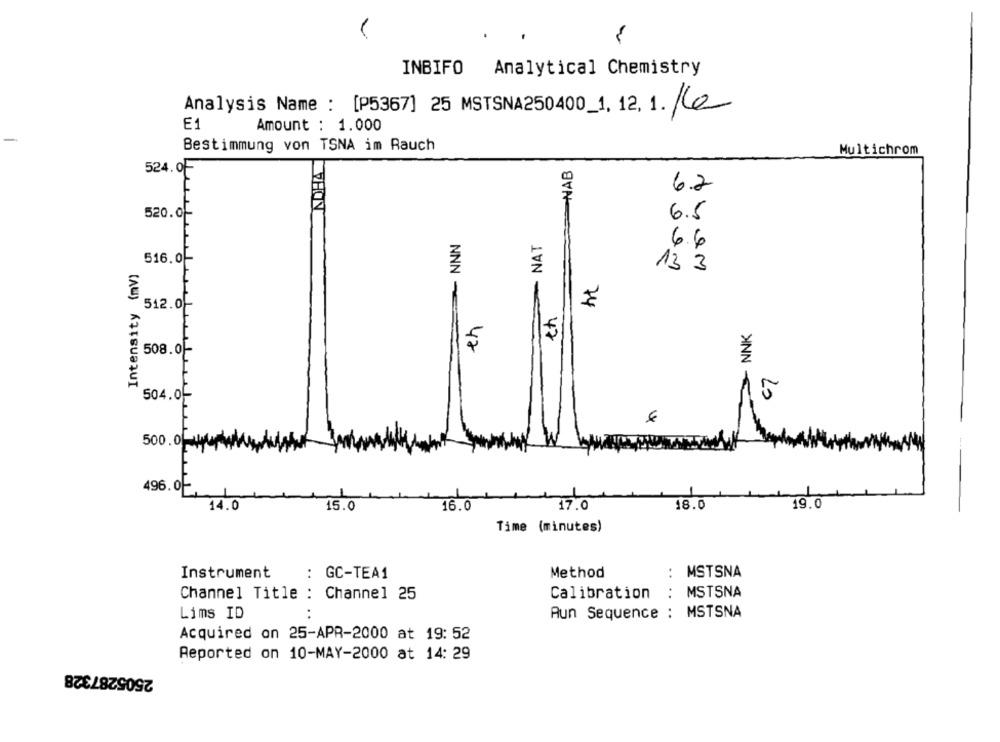
A
INBIFO Analytical Chemistry
Analysis Name : [P5367] 25 MSTSNA250400_1, 12, 1.
E1
Amount : 1.000
Bestimmung von TSNA im Rauch
Multichrom
NAB
524.0-
6.2
520.0
6.5
~ NNN
NAT
6.6
516.0-
Intensity (mV)
13 3
ht
512.0-
ch
> NNK
508.0-
504.0-
500.01
496.0
1
17.0
19.0
14.0
15.0
16.0
18.0
Time (minutes)
Instrument
: GC-TEA1
Method
MSTSNA
..
MSTSNA
Channel Title : Channel 25
Calibration
Lims ID
Aun Sequence : MSTSNA
Acquired on 25-APR-2000 at 19: 52
Reported on 10-MAY-2000 at 14: 29
2505287328